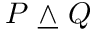
P \ { \underline { { \land } } } \ Q